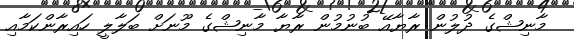
މާނިޝްގެ ދުލުން ރާޔާއޭ ބުނުމުން ރާޔާ މާނިޝްގެ މޫނަށް ބަލާލީ ހައިރާންކަމާއި